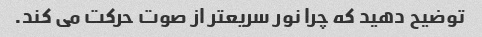
توضیح دهید که چرا نور سریعتر از صوت حرکت می کند.